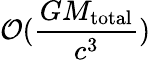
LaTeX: \mathcal{O}(\frac{GM_{\mathrm{{total}}}}{c^{3}})